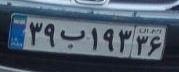
۳۹ب۱۹۳۳۶